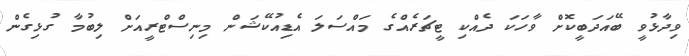
ވިދާޅުވީ ބޭއަދަބީކޮށް ވާހަކަ ދެއްކި ޓީޗަރެއްގެ މައްސަލަ އެޑިއުކޭޝަން މިނިސްޓްރީއަށް ލިބުމާ ގުޅިގެން